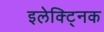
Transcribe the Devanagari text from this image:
इलेक्ट्निक